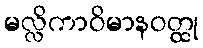
မလ္လိကာဝိမာနဝတ္ထု